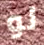
لو